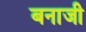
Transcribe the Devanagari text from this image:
बनाजी